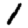
Digit: 1